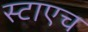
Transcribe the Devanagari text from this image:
स्टाएच